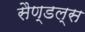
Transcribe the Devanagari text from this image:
सैण्डल्स